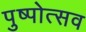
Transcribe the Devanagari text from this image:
पुष्पोत्सव